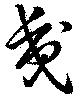
夷